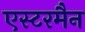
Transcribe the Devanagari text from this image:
एस्टरमैन